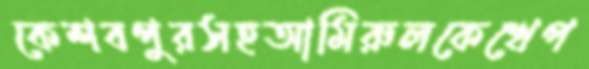
কেশবপুরসহআমিরুলকেখেপ